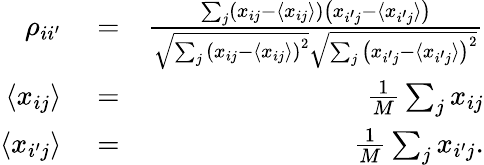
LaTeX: \begin{array}{rlr}{\rho_{ii^{\prime}}}&{{}=}&{\frac{\sum_{j}\left(x_{ij}-\langle x_{ij}\rangle\right)\left(x_{i^{\prime}j}-\langle x_{i^{\prime}j}\rangle\right)}{\sqrt{\sum_{j}\left(x_{ij}-\langle x_{ij}\rangle\right)^{2}}\sqrt{\sum_{j}\left(x_{i^{\prime}j}-\langle x_{i^{\prime}j}\rangle\right)^{2}}}}\\ {\langle x_{ij}\rangle}&{{}=}&{\frac{1}{M}\sum_{j}x_{ij}}\\ {\langle x_{i^{\prime}j}\rangle}&{{}=}&{\frac{1}{M}\sum_{j}x_{i^{\prime}j}.}\end{array}